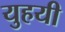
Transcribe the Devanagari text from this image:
युहयी